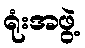
ရုံးအဖွဲ့